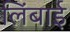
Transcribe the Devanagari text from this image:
लिंबाई